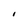
Character: I